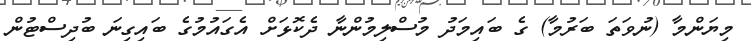
މިޔަންމާ (ނުވަތަ ބަރުމާ) ގެ ބައިމަދު މުސްލިމުންނާ ދެކޮޅަށް އެގައުމުގެ ބައިގިނަ ބުދިސްޓުން